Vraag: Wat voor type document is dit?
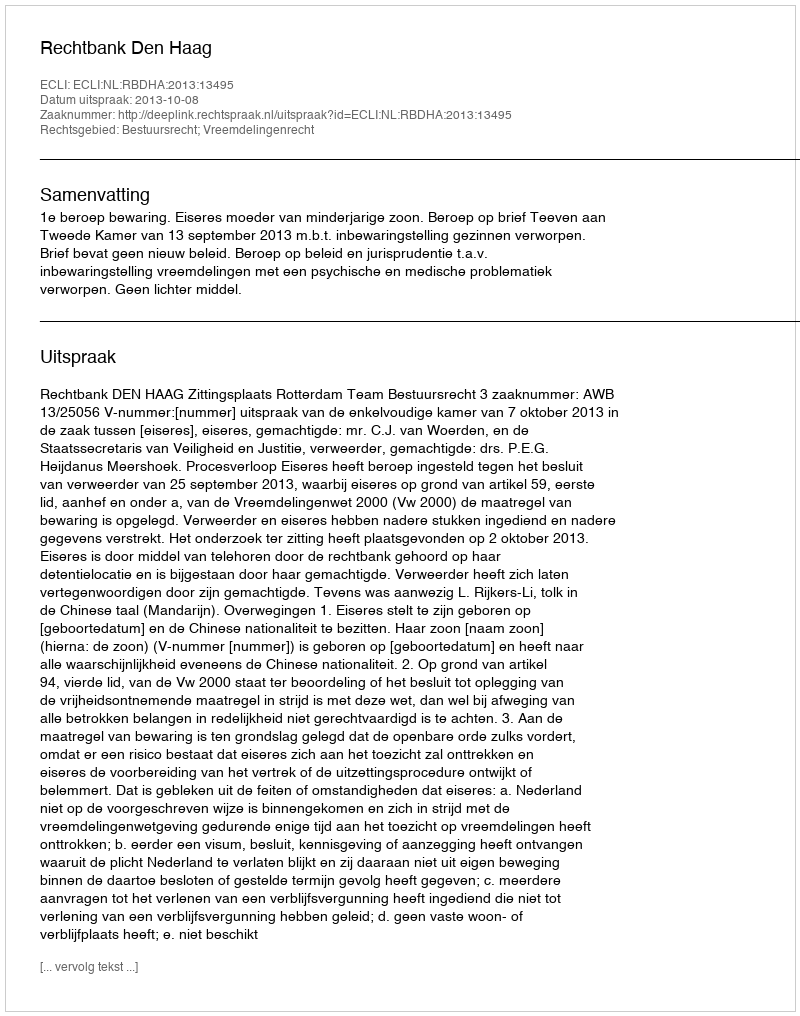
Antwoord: Uitspraak